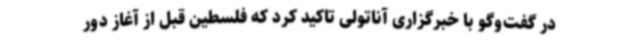
در گفت‌وگو با خبرگزاری آناتولی تاکید کرد که فلسطین قبل از آغاز دور